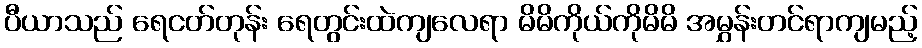
ပီယာသည် ရေငတ်တုန်း ရေတွင်းထဲကျလေရာ မိမိကိုယ်ကိုမိမိ အမွှန်းတင်ရာကျမည့်